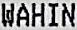
WAHIN